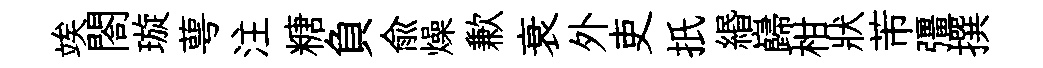
竢閤璇萼注糖負兪燥歉衰外吏扺緡巋柑狀芾彊撰